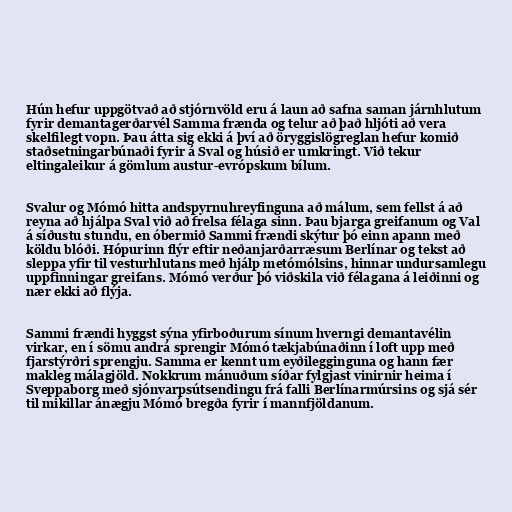
Hún hefur uppgötvað að stjórnvöld eru á laun að safna saman járnhlutum
fyrir demantagerðarvél Samma frænda og telur að það hljóti að vera
skelfilegt vopn. Þau átta sig ekki á því að öryggislögreglan hefur komið
staðsetningarbúnaði fyrir á Sval og húsið er umkringt. Við tekur
eltingaleikur á gömlum austur-evrópskum bílum.

Svalur og Mómó hitta andspyrnuhreyfinguna að málum, sem fellst á að
reyna að hjálpa Sval við að frelsa félaga sinn. Þau bjarga greifanum og Val
á síðustu stundu, en óbermið Sammi frændi skýtur þó einn apann með
köldu blóði. Hópurinn flýr eftir neðanjarðarræsum Berlínar og tekst að
sleppa yfir til vesturhlutans með hjálp metómólsins, hinnar undursamlegu
uppfinningar greifans. Mómó verður þó viðskila við félagana á leiðinni og
nær ekki að flýja.

Sammi frændi hyggst sýna yfirboðurum sínum hverngi demantavélin
virkar, en í sömu andrá sprengir Mómó tækjabúnaðinn í loft upp með
fjarstýrðri sprengju. Samma er kennt um eyðilegginguna og hann fær
makleg málagjöld. Nokkrum mánuðum síðar fylgjast vinirnir heima í
Sveppaborg með sjónvarpsútsendingu frá falli Berlínarmúrsins og sjá sér
til mikillar ánægju Mómó bregða fyrir í mannfjöldanum.